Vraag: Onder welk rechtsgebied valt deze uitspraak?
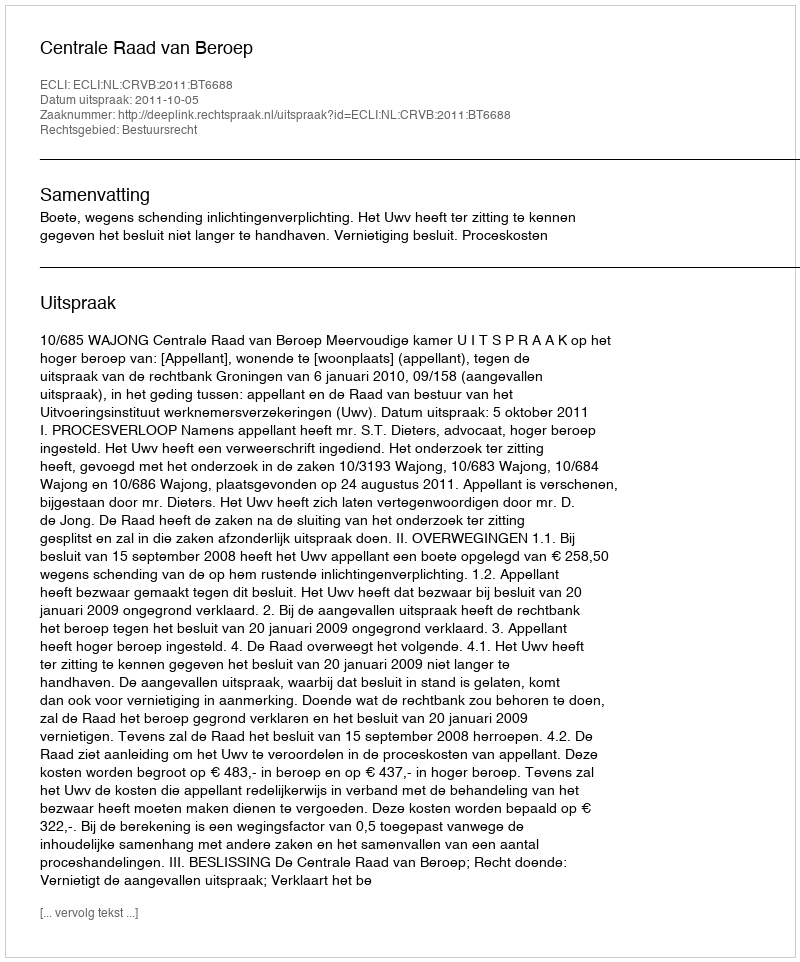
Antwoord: Bestuursrecht